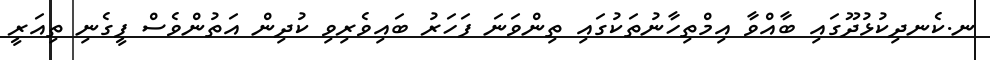
ނ.ކެނދިކުޅުދޫގައި ބާއްވާ އިމްތިހާނުތަކުގައި ތިންވަނަ ފަހަރު ބައިވެރިވި ކުދިން އަތުންވެސް ފީގެނި ތިއަރީ